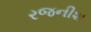
રજનીશ